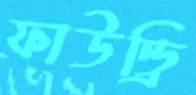
ফাউন্ড্রি